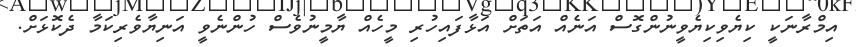
އިމްރާނަކީ ކިޔެވިކިޔެވީނުންގޮސް އަނެއް އަތަށް އަޅާފައިހުރި މީހެއް ޔާމީނުވެސް ހުންނެވީ އަނިޔާވެރިކަމާ ދެކޮޅަށް.